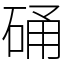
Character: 硧